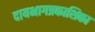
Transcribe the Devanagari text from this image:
दायभागप्रकाशिका